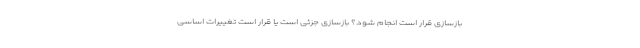
بازسازی قرار است انجام شود؟ بازسازی جزئی است یا قرار است تغییرات اساسی